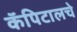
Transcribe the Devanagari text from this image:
कॅपिटालचे